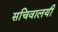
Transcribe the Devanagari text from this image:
सचिवालयी